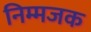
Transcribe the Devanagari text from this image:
निम्मजक